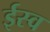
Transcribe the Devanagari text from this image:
ईस्व